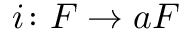
i \colon F \to a F